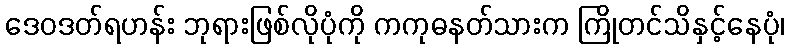
ဒေဝဒတ်ရဟန်း ဘုရားဖြစ်လိုပုံကို ကကုဓနတ်သားက ကြိုတင်သိနှင့်နေပုံ၊